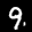
Label: 9